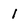
Character: 1